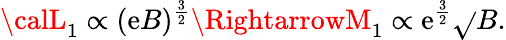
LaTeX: {\calL}_{1}\propto(\mathrm{e}B)^{\frac{{3}}{{2}}}\RightarrowM_{1}\propto\mathrm{e}^{\frac{{3}}{{2}}}\sqrt{}{{B}}.